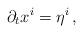
LaTeX: \begin{align*}\partial_tx^i = \eta^i \,,\end{align*}